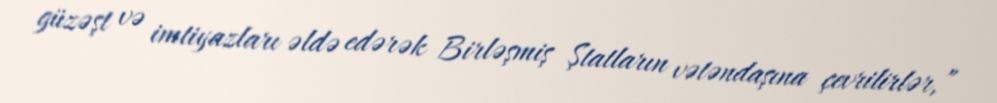
güzəşt və imtiyazları əldə edərək Birləşmiş Ştatların vətəndaşına çevrilirlər,”